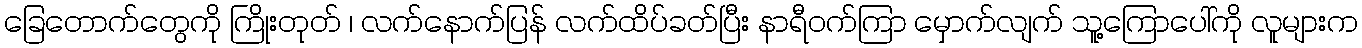
ခြေတောက်တွေကို ကြိုးတုတ် ၊ လက်နောက်ပြန် လက်ထိပ်ခတ်ပြီး နာရီဝက်ကြာ မှောက်လျက် သူ့ကြောပေါ်ကို လူများက